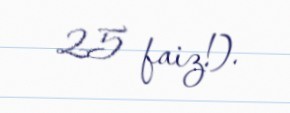
25 faiz!).